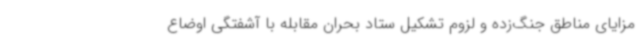
مزایای مناطق جنگ‌زده و لزوم تشکیل ستاد بحران مقابله با آشفتگی اوضاع